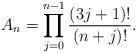
LaTeX: \begin{align*} A_n=\prod_{j=0}^{n-1}\frac{(3j+1)!}{(n+j)!}.\end{align*}